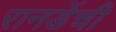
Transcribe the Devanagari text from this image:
रानडेंची